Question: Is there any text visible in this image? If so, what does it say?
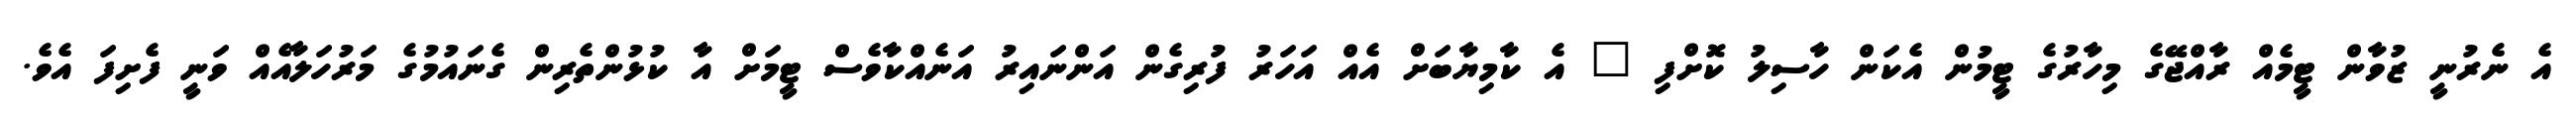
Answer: އެ ނެރުނީ ޒުވާން ޓީމެއް ރާއްޖޭގެ މިހާރުގެ ޓީމުން އެކަން ހާސިލު ކޮށްފި " އެ ކާމިޔާބަށް އެއް އަހަރު ފުރިގެން އަންނައިރު އަނެއްކާވެސް ޓީމަށް އާ ކުޅުންތެރިން ގެނައުމުގެ މަރުހަލާއެއް ވަނީ ފެށިފަ އެވެ.